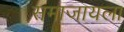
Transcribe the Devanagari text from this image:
समाजायला